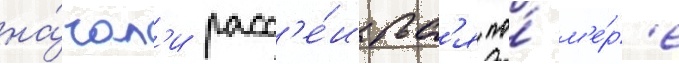
на́чал'и расс'е́иватьс'я по́ м'е́р'е